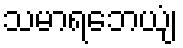
သမာရဘေယျံ